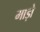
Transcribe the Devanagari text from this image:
माड़ो